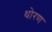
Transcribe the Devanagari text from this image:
थोरण